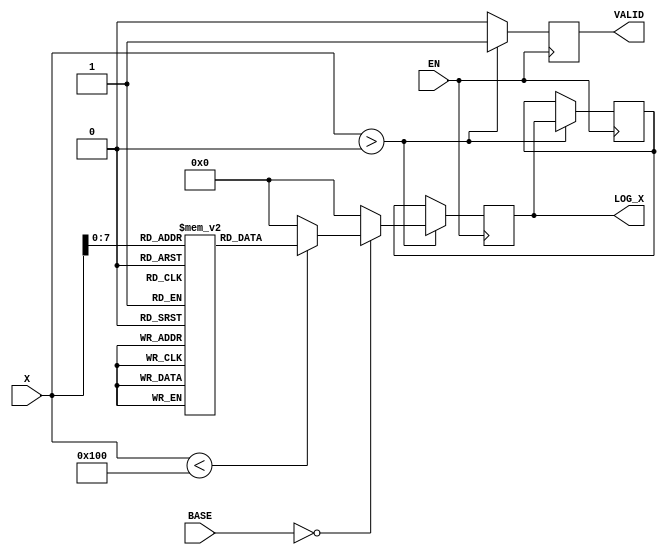
module LogarithmicFunctionGenerator (
    input wire [15:0] X,          // Input signal (16-bit unsigned)
    input wire [1:0] BASE,        // Base selection (00: base 2, 01: base 10, 10: natural log)
    input wire EN,                // Enable signal
    output reg [15:0] LOG_X,      // Logarithmic output (16-bit unsigned)
    output reg VALID              // Valid signal
);

    // Lookup table for logarithm values (for simplicity, using base 2)
    reg [15:0] log_lut [0:255];   // LUT for values from 1 to 255
    initial begin
        // Populate the LUT with precomputed logarithm values (base 2)
        // log_lut[i] = log2(i) * 16 (scaled for integer representation)
        log_lut[1] = 0;    // log2(1) = 0
        log_lut[2] = 1;    // log2(2) = 1
        log_lut[3] = 2;    // log2(3)  1.585
        log_lut[4] = 4;    // log2(4) = 2
        // ... (populate remaining values)
        log_lut[255] = 8;  // log2(255)  7.994
    end

    // Internal register to hold the last valid output
    reg [15:0] last_valid_output;

    always @(posedge EN) begin
        if (X > 0) begin
            case (BASE)
                2'b00: begin // Base 2
                    if (X < 256) begin
                        LOG_X <= log_lut[X]; // Direct LUT access
                    end else begin
                        // Implement interpolation or other methods for larger X
                        LOG_X <= 0; // Placeholder for larger values
                    end
                end
                2'b01: begin // Base 10
                    // Placeholder for base 10 calculation
                    LOG_X <= 0; // Implement base 10 logic here
                end
                2'b10: begin // Natural Log
                    // Placeholder for natural logarithm calculation
                    LOG_X <= 0; // Implement natural log logic here
                end
                default: LOG_X <= 0; // Default case
            endcase
            VALID <= 1; // Signal that output is valid
            last_valid_output <= LOG_X; // Store last valid output
        end else begin
            LOG_X <= last_valid_output; // Retain last valid output
            VALID <= 0; // Signal that output is not valid
        end
    end

endmodule